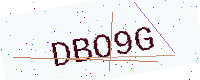
Text: DBO9G